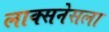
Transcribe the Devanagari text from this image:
लाक्सनेसला